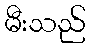
မီးသည်